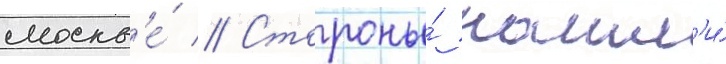
москв'е́ // Стороны́ нашл'и́